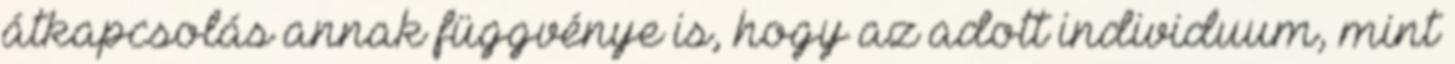
átkapcsolás annak függvénye is, hogy az adott individuum, mint